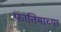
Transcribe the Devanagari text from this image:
फातिमाच्या